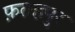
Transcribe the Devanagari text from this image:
फ़तहपुर